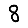
Digit: 8